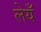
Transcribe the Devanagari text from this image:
लेयँ